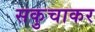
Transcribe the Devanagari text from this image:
सकुचाकर